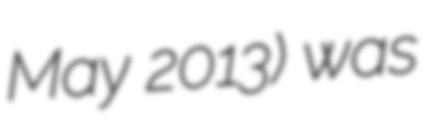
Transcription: May 2013) was